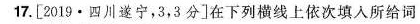
17.[2019·四川遂宁，3，3分]在下列横线上依次填入所给词